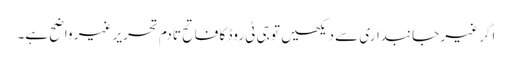
اگر غیر جانبداری سے دیکھیں تو جی ٹی روڈ کا فاتح تادم تحریر غیر واضح ہے۔